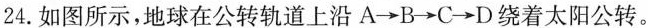
24.如图所示，地球在公转轨道上沿A→B→C→D绕着太阳公转。